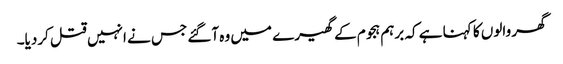
گھر والوں کا کہنا ہے کہ برہم ہجوم کے گھیرے میں وہ آگئے جس نے انہیں قتل کردیا۔